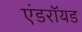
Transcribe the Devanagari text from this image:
एंडराॅयड